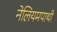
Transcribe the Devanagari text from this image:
नेलियमपाथी